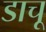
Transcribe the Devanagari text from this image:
डाचू